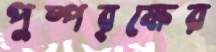
পুষ্পবৃক্ষের